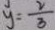
y = \frac { 2 } { 3 }